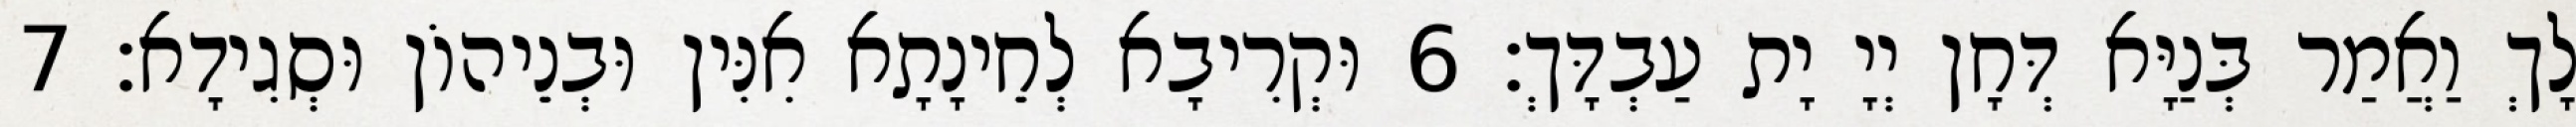
לָךְ וַאֲמַר בְּנַיָּא דְּחָן יְיָ יָת עַבְדָּךְ׃ 6 וּקְרִיבָא לְחֵינָתָא אִנִּין וּבְנֵיהוֹן וּסְגִידָא׃ 7